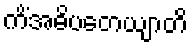
ကိံအဓိပတေယျာတိ